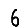
Digit: 6